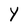
Character: Y